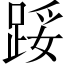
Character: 𨁡